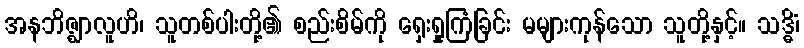
အနဘိဇ္ဈာလူဟိ၊ သူတစ်ပါးတို့၏ စည်းစိမ်ကို ရှေးရှုကြံခြင်း မများကုန်သော သူတို့နှင့်။ သဒ္ဓိံ၊